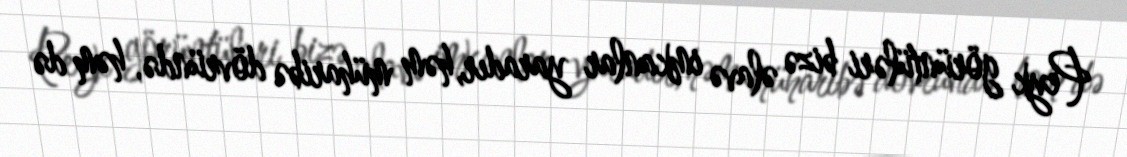
Peyk görüntüləri bizə əlavə imkanlar yaradır, həm müharibə dövründə, həm də